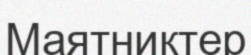
Маятниктер